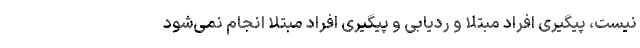
نیست، پیگیری افراد مبتلا و ردیابی و پیگیری افراد مبتلا انجام نمی‌شود